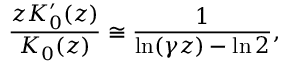
\frac { z K _ { 0 } ^ { \prime } ( z ) } { K _ { 0 } ( z ) } \cong \frac { 1 } { \ln ( \gamma z ) - \ln 2 } ,